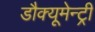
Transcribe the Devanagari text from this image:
डौक्यूमेन्ट्री